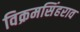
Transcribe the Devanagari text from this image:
विक्रमसिंहराव